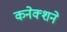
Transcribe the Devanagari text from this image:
कनेक्शने